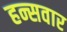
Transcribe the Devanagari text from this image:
हन्सवार